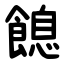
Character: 䭒